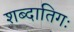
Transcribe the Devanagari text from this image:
शब्दातिगः